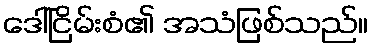
ဒေါ်ငြိမ်းစံ၏ အသံဖြစ်သည်။